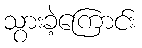
သွားခဲ့ကြောင်း